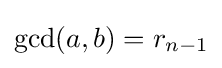
{\text{gcd}}(a,b)=r_{n-1}